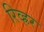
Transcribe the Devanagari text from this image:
रिव्ह्रर